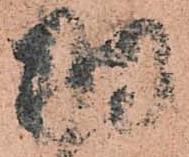
羽